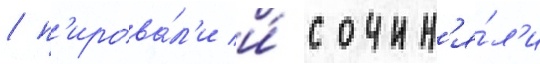
/ п'ирова́л'и и́ сочин'я́л'и